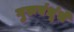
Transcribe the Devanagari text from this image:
गुरुबंधूंचे